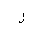
Letter: _lam